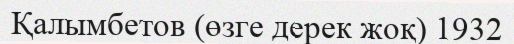
Қалымбетов (өзге дерек жоқ) 1932